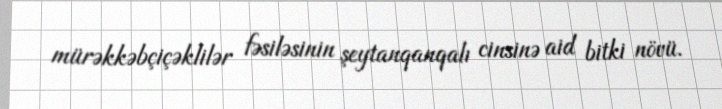
mürəkkəbçiçəklilər fəsiləsinin şeytanqanqalı cinsinə aid bitki növü.